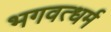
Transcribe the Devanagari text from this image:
भगवत्धर्म